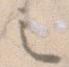
之